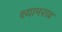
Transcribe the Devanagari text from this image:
श्‍यामराव